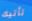
تأتيك